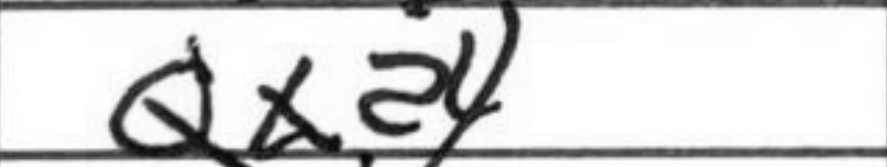
Transcription: Qxa4